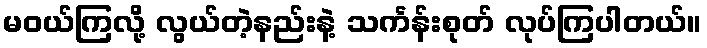
မဝယ်ကြလို့ လွယ်တဲ့နည်းနဲ့ သင်္ကန်းစုတ် လုပ်ကြပါတယ်။